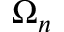
\Omega _ { n }